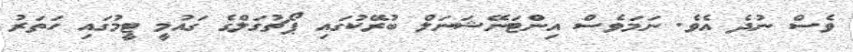
ވެސް ނުދެ އެވެ. ނަމަވެސް އިންޓަނޭޝަނަލް ބުރޭކުގައި ޕޯޗުގަލްގެ ގައުމީ ޓީމުގައި ހަތަރު